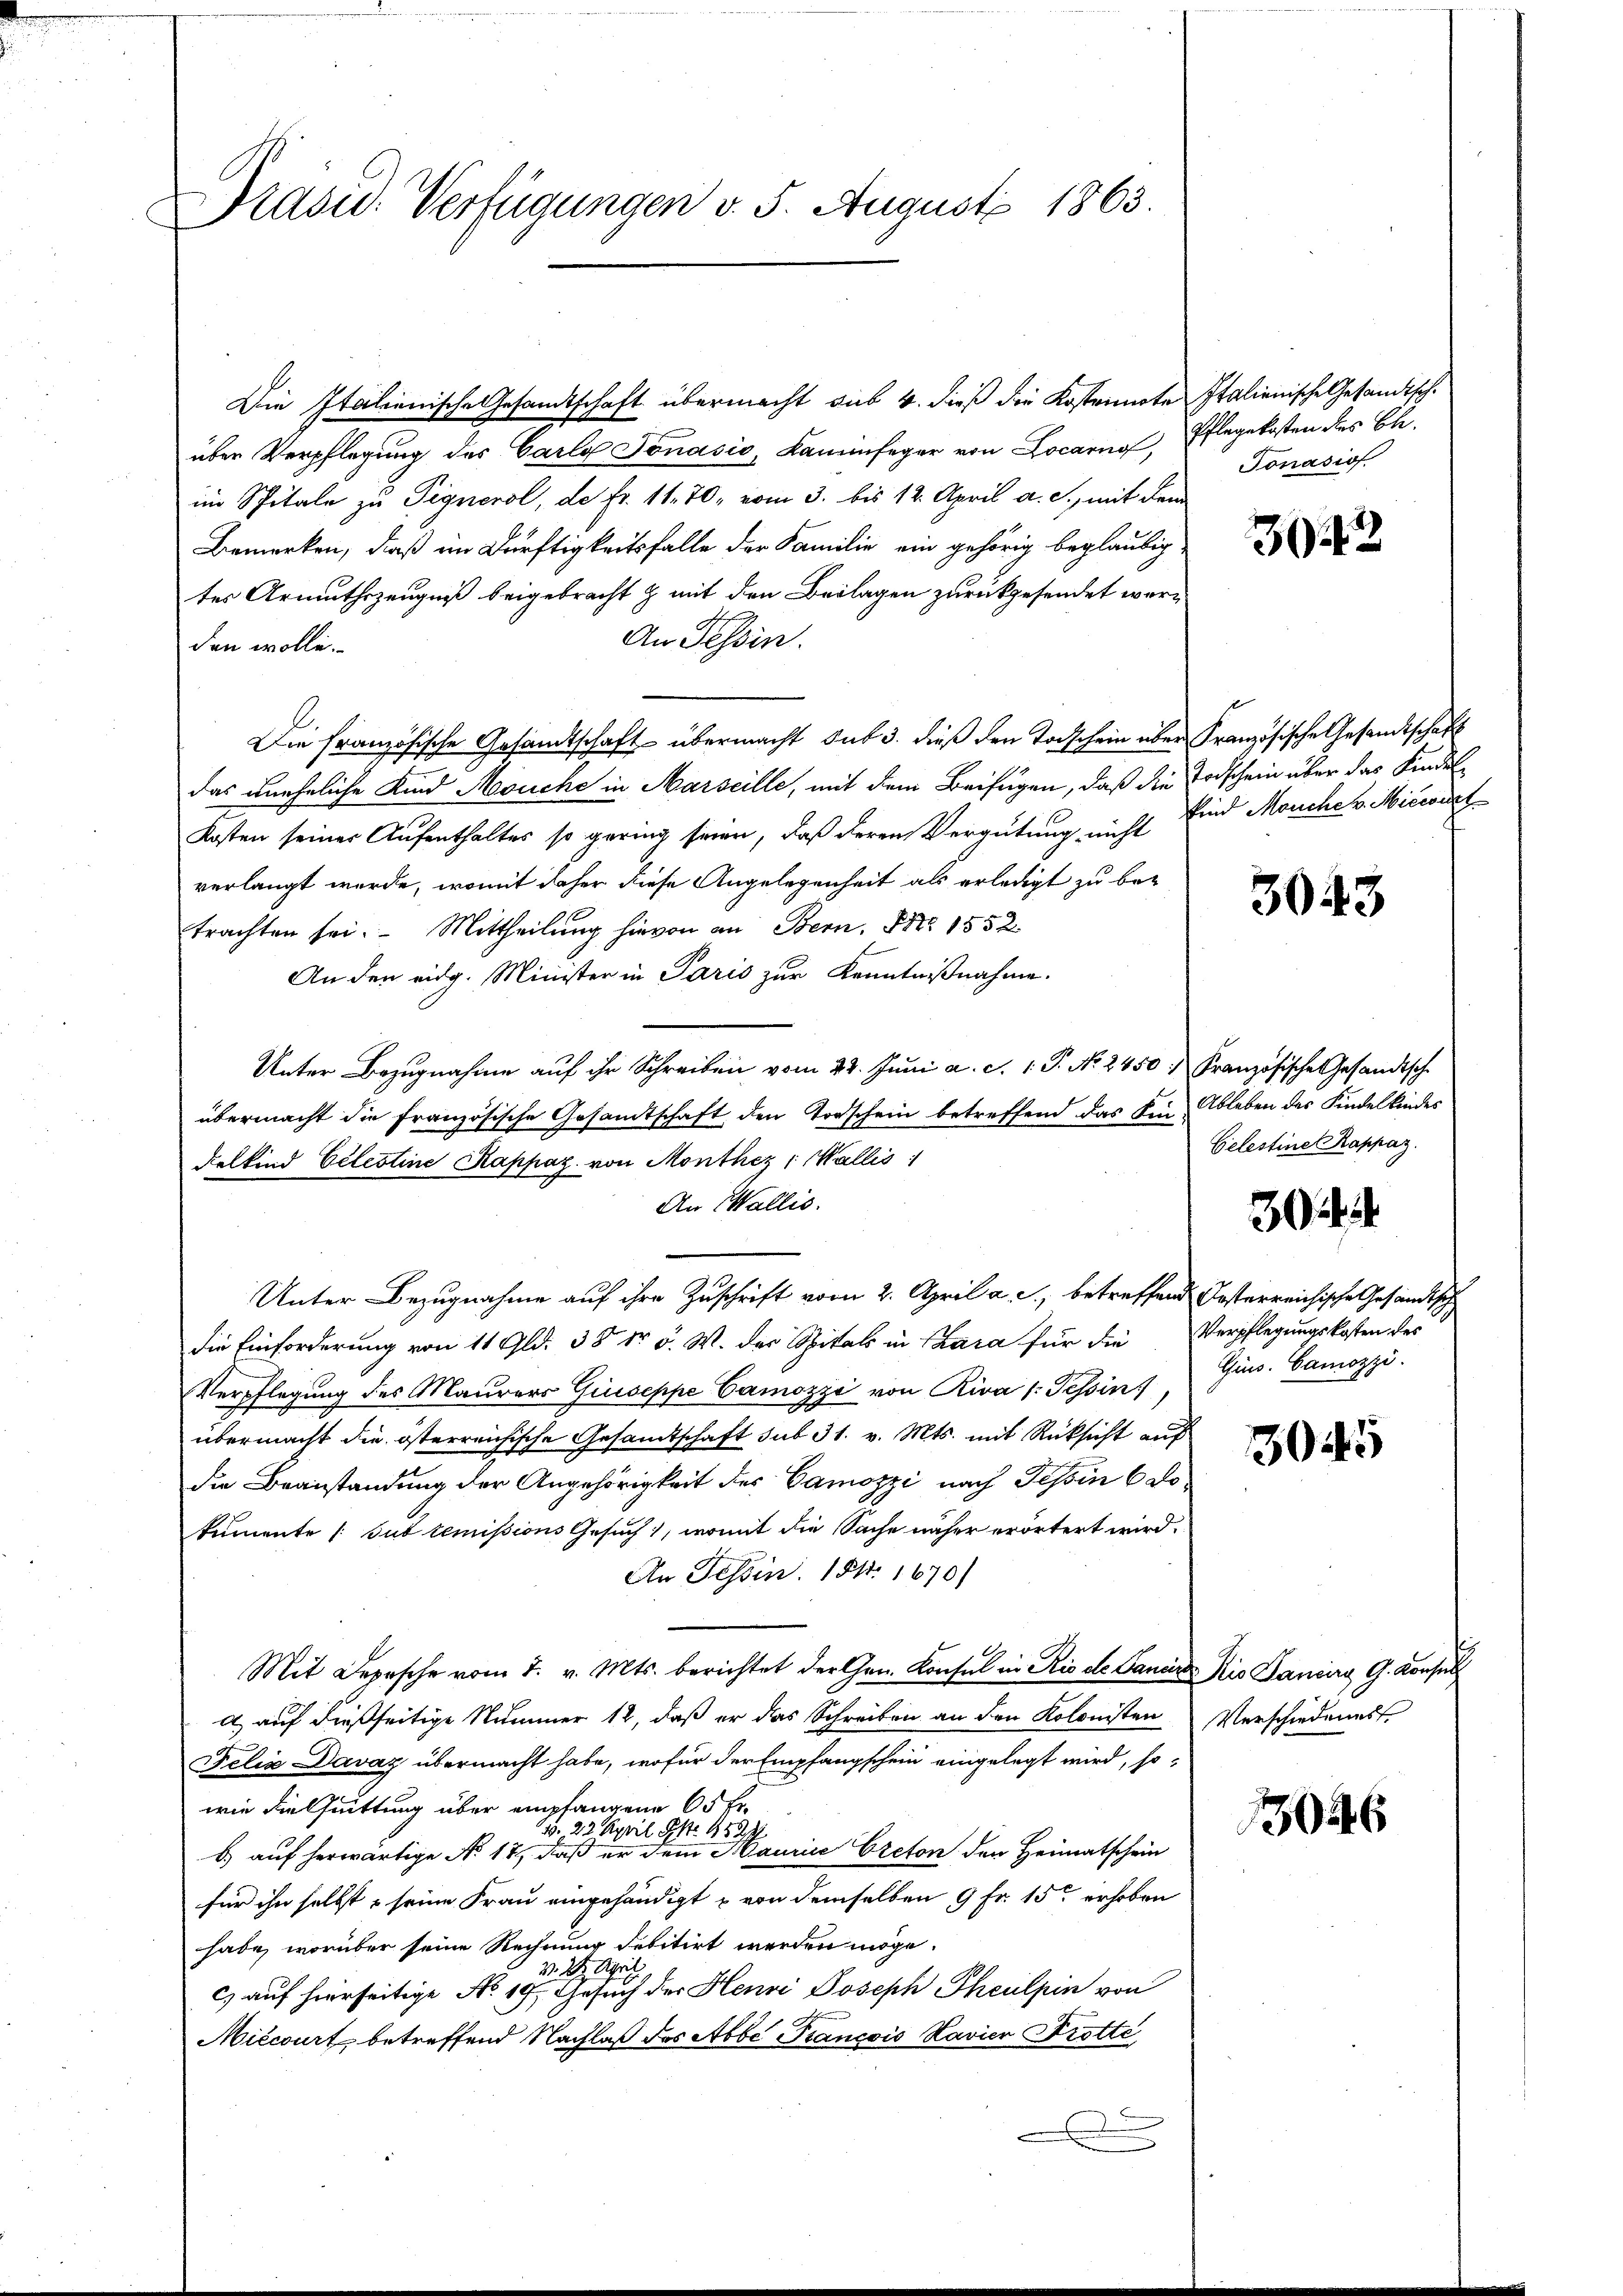
Prasis. Verfügungen v. 5. August 1863.

Die Italienische Gesandtschaft übermacht sub 4. dieß die Kostennote Italienische Gesandtsch.
über Verpflegung des Carlo Jonasio, Kaminfeger von Locarno,
im Spitale zu Pignerol, de Fr. 11. 70, vom 3. bis 12. April a. c., mit dem
Bemerken, daß im Dürftigkeitsfalle der Familie ein gehörig beglaubig
tes Armuthszeugniß beigebracht z mit den Beilagen zurückgesendet wer¬
An Tessin.
den wolle.
Die Französische Gesandtschaft übermacht sub 3. dieß den Todschein über Französische Gesandtschaft
das uneheliche Kind Meuche in Marseille, mit dem Beifügen, daß die Todschein über das Kindel
Kosten seiner Aufenthaltes so gering seien, daß deren Vergütung, nicht sind Meuche v. Mitwirt
verlangt werde, womit daher diese Angelegenheit als erledigt zu betrachten sei. Mittheilung hievon an Bern. No 1552.
An den eidg. Minister in Paris zur Kenntnißnahme.
Unter Bezugnahme auf ihr Schreiben vom 23. Juni a. c. 1 P. No. 2450. Französische Gesandtsche
übermacht die Französische Gesandtschaft den Vorschein betreffend das Ein Ableben des Kindelkindes
Felkind Celestine Kappaz von Monthez : Wallis
An Wallis.
Unter Bezugnahme auf ihre Zuschrift vom 2. April a. c., betreffend Oesterreichische Gesandtsch
die Einforderung von 11 Gld. 35 Fr. 5. W. der Spitals in Chara für die Verpflegungskosten des
Verpflegung des Maurers Giuseppe Camozzi von Riva 1. Tessin,
übermacht die österreichische Gesandtschaft sub 31. v. Mts. mit Rücksicht auf
die Beanstandung der Angehörigkeit des Camozzi nach Tessin 6 dokumente (sub temissions Gesuch, womit die Sache näher erörtert wird.
An Tessin. 154. 1670)
Mit Depesche vom 8. v. Mts. berichtet der Gen. Konsul in Rio de Ganze
a) auf dießseitige Nummer 12, daß er das Schreiben an den Kolonisten
Felix Davaz übermacht habe, wofür der Empfangschein eingelegt wird, sowie die fuittung über empfangene 65 Er¬
. 22. April S. 1529
b.) auf herwärtige No. 17, daß er dem Maurice Creton den Heimatschein
für ihn selbst, seine Frau eingehändigt u von demselben 9 Fr. 15ten erhoben
habe, worüber seine Rechnung debitirt werden möge.
v. 3. April
c) auf hierseitige No 19. Gesuch der Henri Joseph Theulpin von
Miécourt betreffend Nachlaß des Abbe François Navier Trotte,
e
d

Pflegekosten des Bl.
Tonasiof.

3942

3043

Celestinet Rappaz.

Guss. Camozzi.

3045

Kio Sanig G. Konsul
Verschiedenes

1046